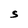
Character: S